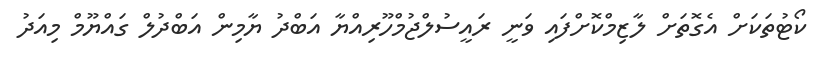
ކޯޓުތަކަށް އެގޮތަށް ލާޒިމްކޮށްފައި ވަނީ ރައީސުލްޖުމްހޫރިއްޔާ އަބްދު ޔާމިން އަބްދުލް ގައްޔޫމް މިއަދު